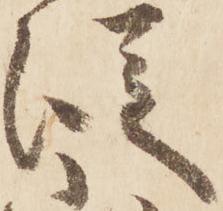
従